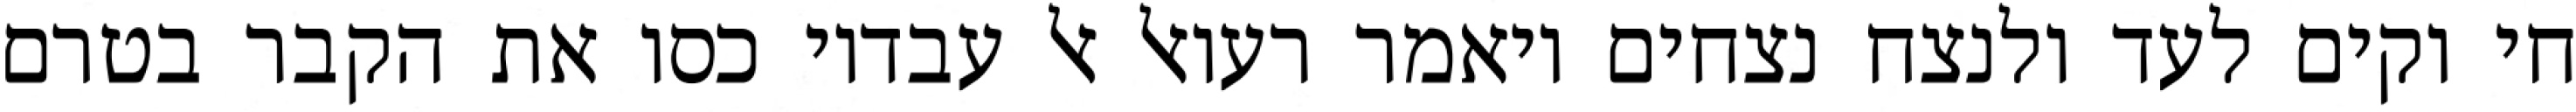
חי וקים לעד ולנצח נצחים ויאמר רעואל אל עבדיו כסו את הקבר בטרם